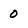
Character: 0